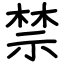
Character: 禁